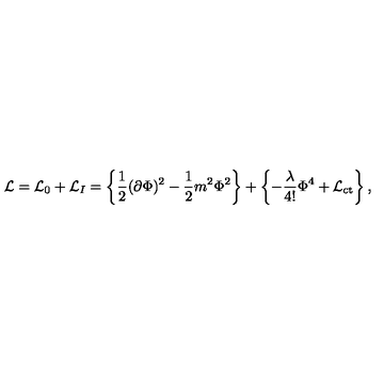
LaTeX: { \cal L } = { \cal L } _ { 0 } + { \cal L } _ { I } = \left\{ \frac { 1 } { 2 } ( \partial \Phi ) ^ { 2 } - \frac { 1 } { 2 } m ^ { 2 } \Phi ^ { 2 } \right\} + \left\{ - \frac { \lambda } { 4 ! } \Phi ^ { 4 } + { \cal L } _ { \mathrm { c t } } \right\} ,